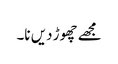
مجھے چھوڑ دیں نا۔